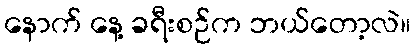
နောက် နေ့ ခရီးစဉ်က ဘယ်တော့လဲ။